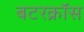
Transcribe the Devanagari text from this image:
बटरक्रॉस